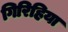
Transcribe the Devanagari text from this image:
गिरिहिया